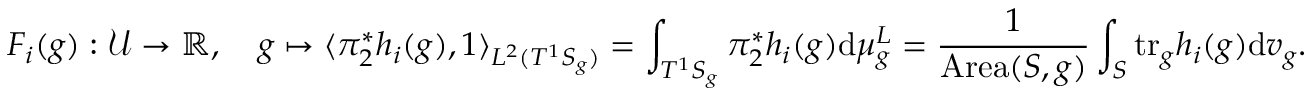
F _ { i } ( g ) : \mathcal { U } \to \mathbb { R } , \quad g \mapsto \langle \pi _ { 2 } ^ { * } h _ { i } ( g ) , 1 \rangle _ { L ^ { 2 } ( T ^ { 1 } S _ { g } ) } = \int _ { T ^ { 1 } S _ { g } } \pi _ { 2 } ^ { * } h _ { i } ( g ) \mathrm { d } \mu _ { g } ^ { L } = \frac { 1 } { { \mathrm { A r e a } ( S , g ) } } \int _ { S } \mathrm { t r } _ { g } h _ { i } ( g ) \mathrm { d } v _ { g } .